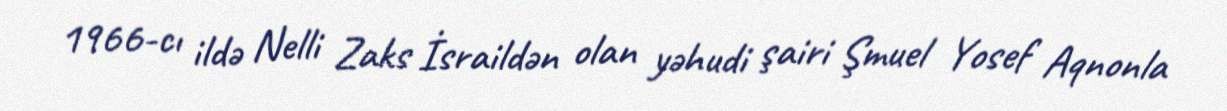
1966-cı ildə Nelli Zaks İsraildən olan yəhudi şairi Şmuel Yosef Aqnonla